Burma Government Medical School reports 1923-41
Year: 1923
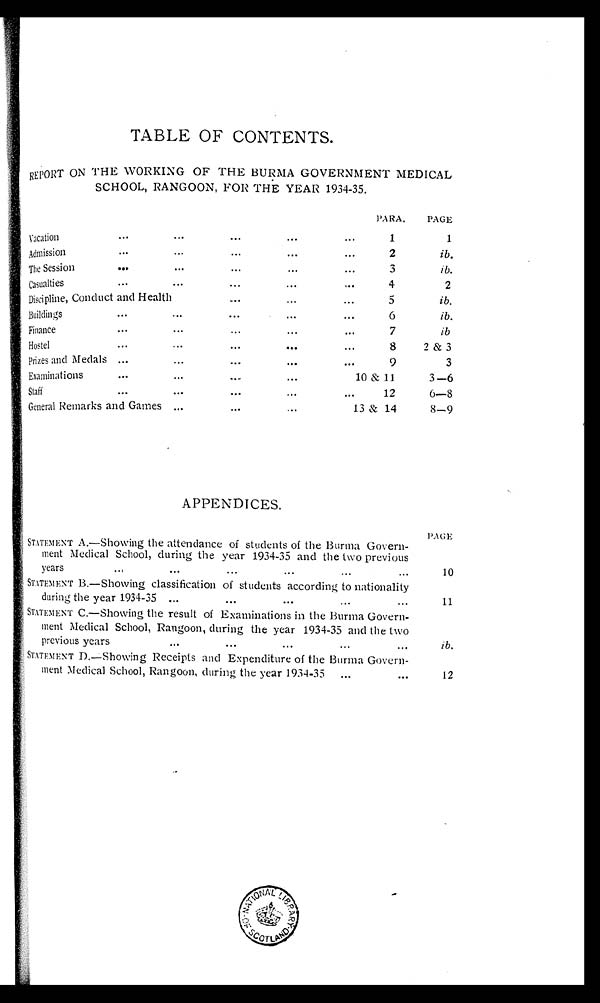
TABLE OF CONTENTS.
REPORT ON THE WORKING OF THE BURMA GOVERNMENT MEDICAL
SCHOOL, RANGOON, FOR THE YEAR 1934-35.
PARA.
PAGE
Vacation . . .
1
1
Admission . . .
2
ib.
The Session . . .
3
ib.
Casualties . . .
4
2
Discipline, Conduct and Health . . .
5
ib.
Buildings . . .
6
ib.
Finance . . .
7
ib
Hostel . . .
8
2 & 3
Prizes and Medals . . .
9
3
Examinations . . .
10 & 11
3—6
Staff . . .
12
6—8
General Remarks and Games . . .
13 & 14
8—9
APPENDICES.
P A G E
STATEMENT A.—Showing the attendance of students of the Burma Govern -
ment Medical School, during the year 1934-35 and the two previous
y e a r s . . .
10
STATEMENT B.—Showing classification of students according to nationality
during the year 1934-35 . . .
11
STATEMENT C.—Showing the result of Examinations in the Burma Govern -
ment Medical School, Rangoon, during the year 1934-35 and the two
previous years . . .
ib.
STATEMENT D.—Showing Receipts and Expenditure of the Burma Govern -
ment Medical School, Rangoon, during the year 1934-35 . . .
12